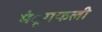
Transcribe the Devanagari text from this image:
मंूगफली